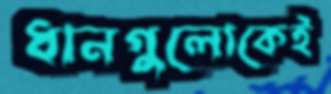
ধানগুলোকেই